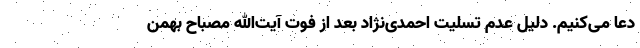
دعا می‌کنیم. دلیل عدم تسلیت احمدی‌نژاد بعد از فوت آیت‌الله مصباح بهمن